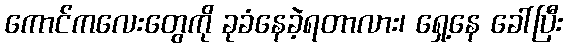
ကောင်ကလေးတွေကို ခုခံနေခဲ့ရတာလား၊ ရှေ့နေ ခေါ်ပြီး